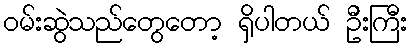
ဝမ်းဆွဲသည်တွေတော့ ရှိပါတယ် ဦးကြီး